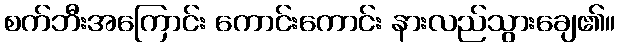
စက်ဘီးအကြောင်း ကောင်းကောင်း နားလည်သွားချေ၏။